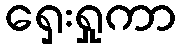
ရှေးရှုကာ